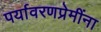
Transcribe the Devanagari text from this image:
पर्यावरणप्रेमींना